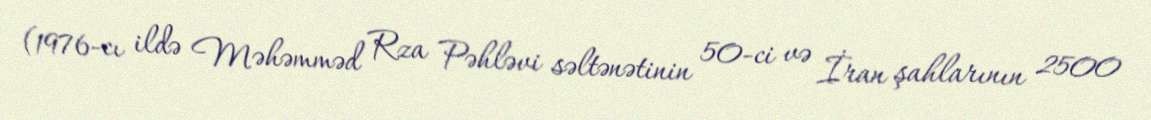
(1976-cı ildə Məhəmməd Rza Pəhləvi səltənətinin 50-ci və İran şahlarının 2500